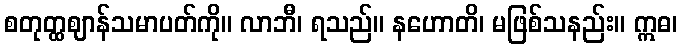
စတုတ္ထဈာန်သမာပတ်ကို။ လာဘီ၊ ရသည်။ နဟောတိ၊ မဖြစ်သနည်း။ ဣဓ၊